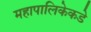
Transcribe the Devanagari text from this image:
महापालिकेकडे